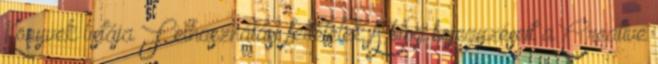
Könyvek listája Felhasználási feltételek A blog bejegyzéseit a Creative